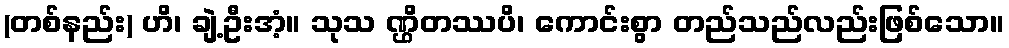
(တစ်နည်း) ဟိ၊ ချဲ့ဦးအံ့။ သုသ ဏ္ဌိတဿပိ၊ ကောင်းစွာ တည်သည်လည်းဖြစ်သော။